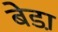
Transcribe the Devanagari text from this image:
बेडा़